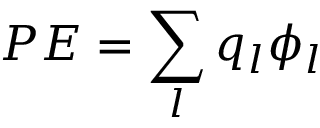
P E = \sum _ { l } q _ { l } \phi _ { l }